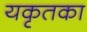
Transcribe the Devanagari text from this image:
यकृतका